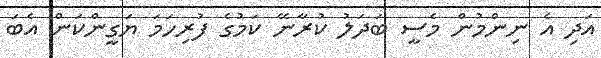
އަދި އެ ނިންމުން މެސީ ބަދަލު ކުރާނޭ ކަމުގެ ފުރިހަމަ ޔަގީންކަން އެބަ